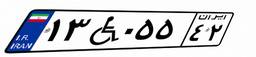
۱۳W۵۸۰۸۸